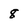
Character: 8